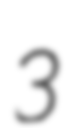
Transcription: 3